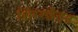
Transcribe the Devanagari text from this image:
शिरश्छेदन